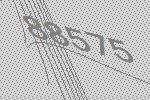
88575